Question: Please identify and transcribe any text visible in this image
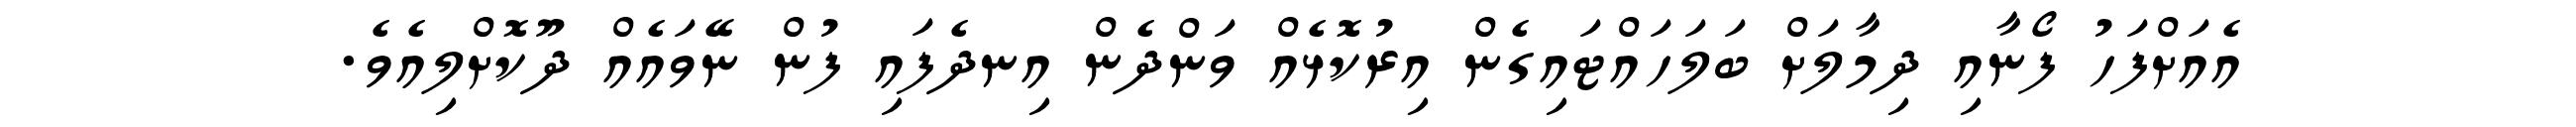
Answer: އެއަށްފަހު ފޯނާއި ދިމާލަށް ބަލަހައްޓައިގެން އިރުކޮޅެއް ވަންދެން އިނދެފައި ފުން ނޭވައެއް ދޫކޮށްލިއެވެ.